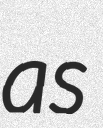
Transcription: as